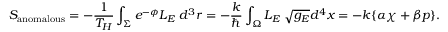
S _ { \mathrm { a n o m a l o u s } } = - { \frac { 1 } { T _ { H } } } \int _ { \Sigma } e ^ { - \phi } { \cal L } _ { E } \; d ^ { 3 } r = - { \frac { k } { \hbar } } \int _ { \Omega } { \cal L } _ { E } \; \sqrt { g _ { E } } d ^ { 4 } x = - k \{ \alpha \chi + \beta p \} .